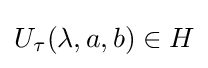
U_{\tau }(\lambda ,a,b)\in H